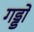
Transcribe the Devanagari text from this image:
गड्डों